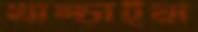
খাম্‌চাইয়া